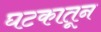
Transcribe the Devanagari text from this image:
घटकातून